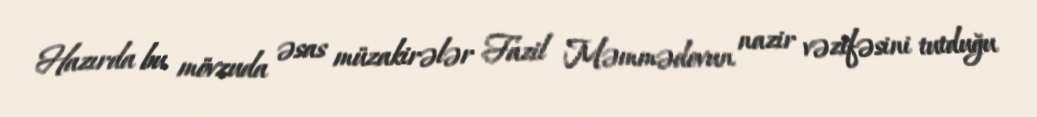
Hazırda bu mövzuda əsas müzakirələr Fazil Məmmədovun nazir vəzifəsini tutduğu